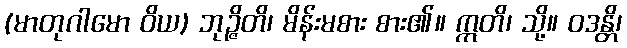
(မာတုဂါမော ဝိယ) ဘုဉ္ဇိတိ၊ မိန်းမစား စား၏။ ဣတိ၊ သို့။ ဝဒန္တိ၊